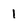
Character: I